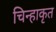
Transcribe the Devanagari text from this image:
चिन्हाकृत